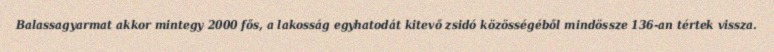
Balassagyarmat akkor mintegy 2000 fős, a lakosság egyhatodát kitevő zsidó közösségéből mindössze 136-an tértek vissza.